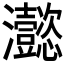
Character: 𤅮